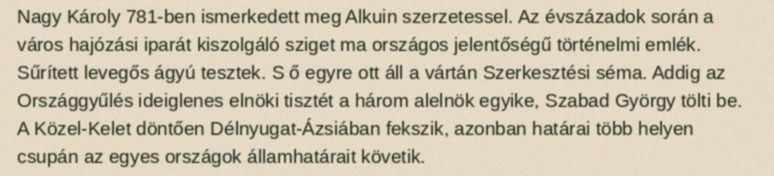
Nagy Károly 781-ben ismerkedett meg Alkuin szerzetessel. Az évszázadok során a város hajózási iparát kiszolgáló sziget ma országos jelentőségű történelmi emlék. Sűrített levegős ágyú tesztek. S ő egyre ott áll a vártán Szerkesztési séma. Addig az Országgyűlés ideiglenes elnöki tisztét a három alelnök egyike, Szabad György tölti be. A Közel-Kelet döntően Délnyugat-Ázsiában fekszik, azonban határai több helyen csupán az egyes országok államhatárait követik.